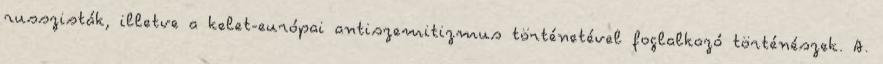
russzisták, illetve a kelet-európai antiszemitizmus történetével foglalkozó történészek. A.